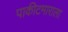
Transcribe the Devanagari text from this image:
पाकीटमाराला